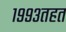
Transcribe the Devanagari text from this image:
१९९३तहत